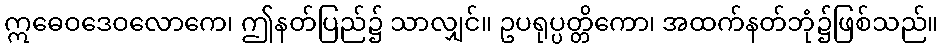
ဣဓေဝဒေဝလောကေ၊ ဤနတ်ပြည်၌ သာလျှင်။ ဥပရုပ္ပတ္တိကော၊ အထက်နတ်ဘုံ၌ဖြစ်သည်။